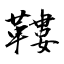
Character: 鞻